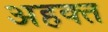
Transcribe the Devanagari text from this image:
अहक्त